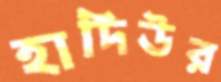
হাদিউর